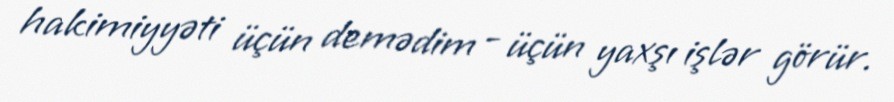
hakimiyyəti üçün demədim - üçün yaxşı işlər görür.